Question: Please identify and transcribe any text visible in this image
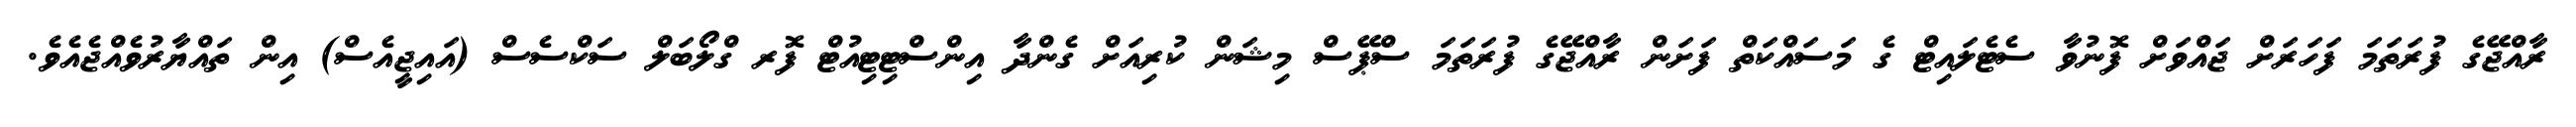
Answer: ރާއްޖޭގެ ފުރަތަމަ ފަހަރަށް ޖައްވަށް ފޮނުވާ ސެޓެލައިޓް ގެ މަސައްކަތް ފަށަން ރާއްޖޭގެ ފުރަތަމަ ސްޕޭސް މިޝަން ކުރިއަށް ގެންދާ އިންސްޓިޓިއުޓް ފޮރ ގްލޯބަލް ސަކްސެސް (އައިޖީއެސް) އިން ތައްޔާރުވެއްޖެއެވެ.